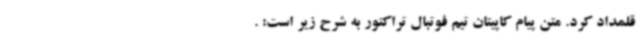
قلمداد کرد. متن پیام کاپیتان تیم فوتبال تراکتور به شرح زیر است: .